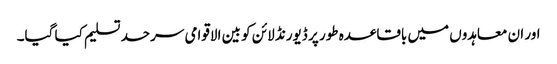
اور ان معاہدوں میں باقاعدہ طور پر ڈیورنڈ لائن کو بین الاقوامی سرحد تسلیم کیا گیا۔